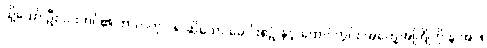
သို့သော် ဦးဝင်းတင်၏ ဘာလဲဟဲ့ ငရဲ ဆိုသော ခေါင်းစဉ် နှင့် ထောင်တွင်း အတွေ့အကြုံကို န.အ.ဖ